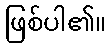
ဖြစ်ပါ၏။